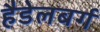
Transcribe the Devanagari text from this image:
हैडेलबर्ग